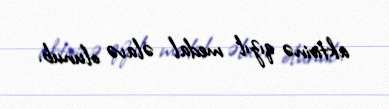
aktivinə qızıl medal əlavə olunub.